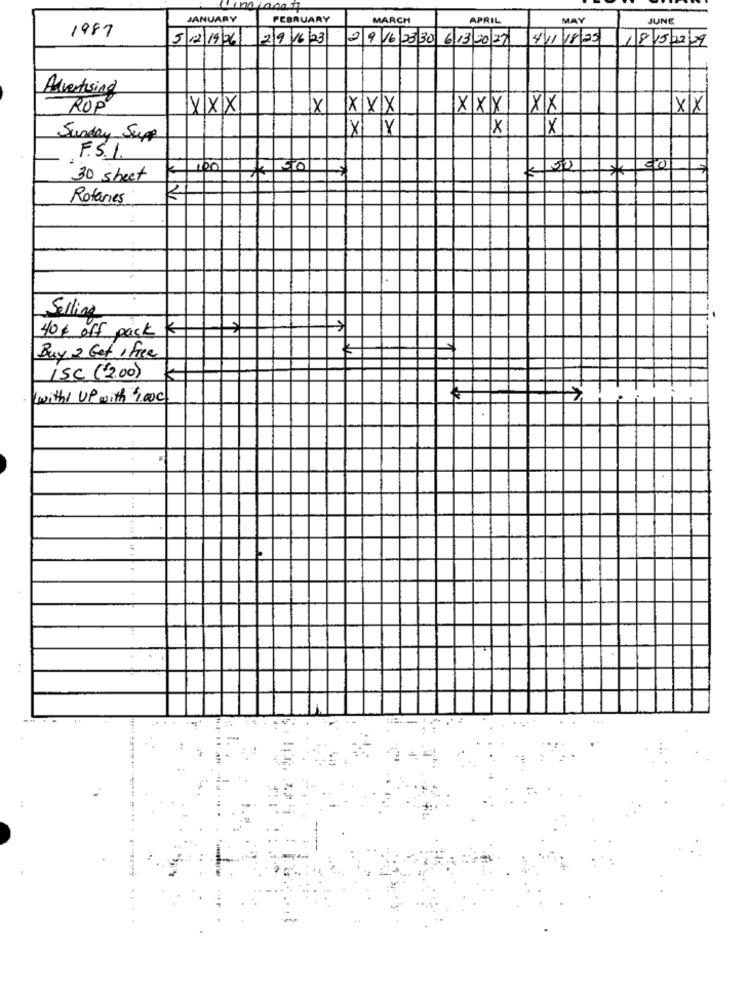
JANUARY
FEBRUARY
MARCH
APRIL
MAY
JUNE
1987
5/12/1926-
2 9 1623
2 9 16 23 30 6 13 20 27
4111825
18152229
Advertising
ROP"
XXX
X XXX
XXX XX
XX
X Y
X
Sunday Sup
F.S.I.
100
£ 50
30 sheet
$ 500
Rotaries
Selling
40% off pack 4
Buy 2 Get , Free
ISC ('2.00)
with UP with 00℃